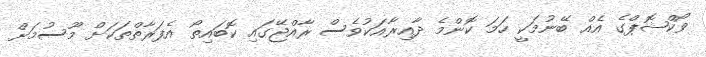
ވޯކްޝޮޕްގެ އެެއް ބޭނުމަކީ ހަމަ ކޮންމެ ދާއިރާއަކުވެސް ރާއްޖޭގައި ކޮބައިތޯ އެފަރާތްތަކަށް މޫސުމަށް